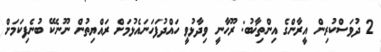
2 ދުވަަސްކުރިން އީރާންގެ އިންތިޚާބު: ރޫހާނީ ވިދާޅުވީ ހައްދުފަހަނައެޅުމަށް ރައްޔިތުން ނޫނެކޭ ބުނެފިކަމަށް